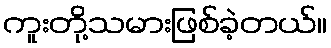
ကူးတို့သမားဖြစ်ခဲ့တယ်။